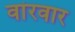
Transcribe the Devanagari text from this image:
वांरवार